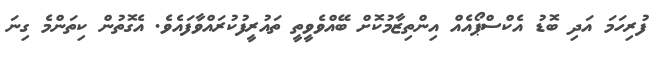
ފުރިހަމަ އަދި ބޮޑު އެކްސްޕޯއެއް އިންތިޒާމުކޮށް ބޭއްވެވީތީ ތައުރީފުކުރައްވާފައެވެ. އެގޮތުން ކިތަންމެ ގިނަ